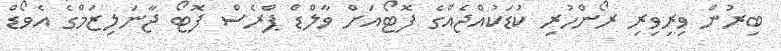
ބިރުން ވިރިވިރި ރޯންހުރި ކުޑަކުއްޖެއްގެ ފޮޓޯއަށް ވާލްޑް ޕްރެސް ފޮޓޯ ޖާނަލިޒަމްގެ އެވޯޑް